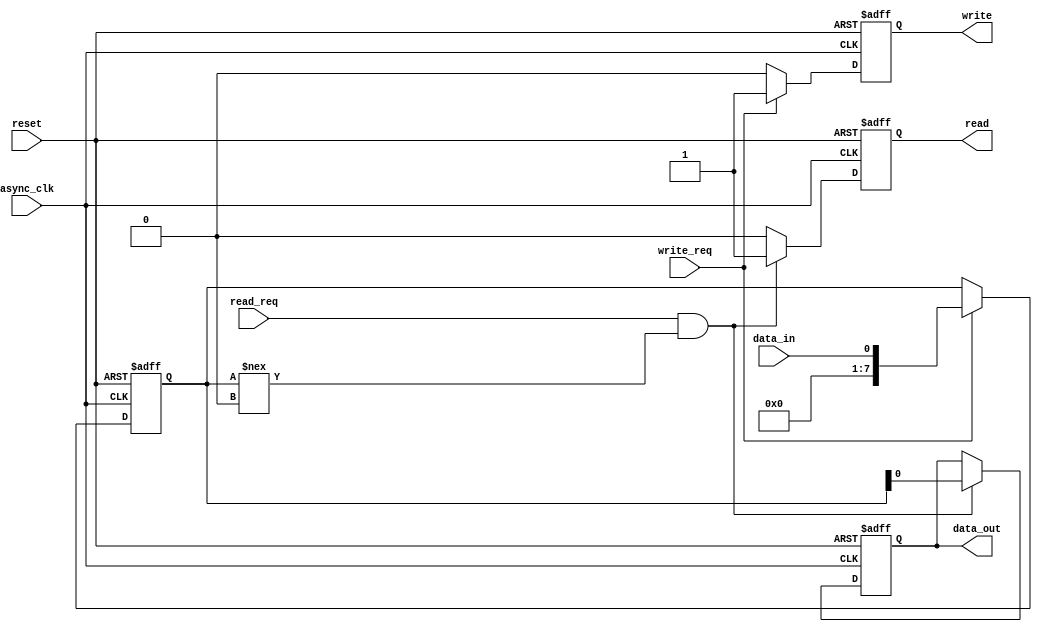
module fifo_timing_control (
    input wire async_clk,
    input wire reset,
    input wire read_req,
    input wire write_req,
    input wire data_in,
    output reg read,
    output reg write,
    output reg data_out
);

reg sync_clk;
reg [7:0] fifo_buffer;

always @ (posedge async_clk or posedge reset) begin
    if (reset) begin
        sync_clk <= 1'b0;
        fifo_buffer <= 8'h00;
        read <= 1'b0;
        write <= 1'b0;
        data_out <= 1'b0;
    end else begin
        // Synchronize async clock to sync clock
        sync_clk <= ~sync_clk;

        // Logic for generating read and write signals
        if (read_req && fifo_buffer !== 8'h00) begin
            read <= 1'b1;
            data_out <= fifo_buffer;
        end else begin
            read <= 1'b0;
        end

        if (write_req) begin
            write <= 1'b1;
            fifo_buffer <= data_in;
        end else begin
            write <= 1'b0;
        end
    end
end

endmodule